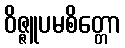
ဝိဇ္ဇူပမစိတ္တော